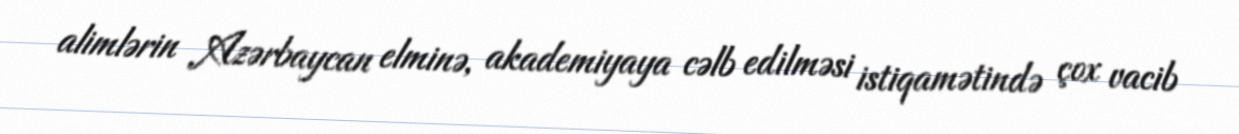
alimlərin Azərbaycan elminə, akademiyaya cəlb edilməsi istiqamətində çox vacib